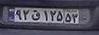
۹۲ق۱۲۵۵۳